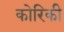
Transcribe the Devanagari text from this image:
कोरिकी